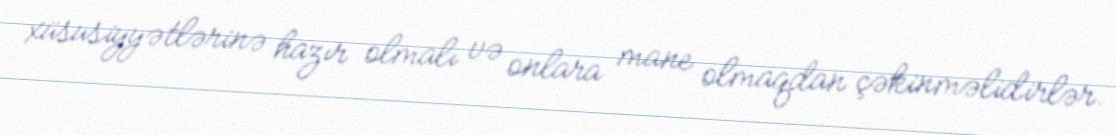
xüsusiyyətlərinə hazır olmalı və onlara mane olmaqdan çəkinməlidirlər.